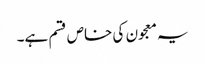
یہ معجون کی خاص قسم ہے۔